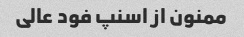
ممنون از اسنپ فود عالی